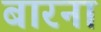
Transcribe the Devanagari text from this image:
बारना